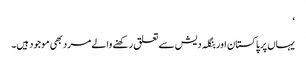
‘
یہاں پر پاکستان اور بنگلہ دیش سے تعلق رکھنے والے مرد بھی موجود ہیں۔